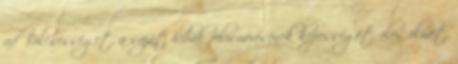
ad Bölcsességet, a saját hibák felismerésének képességét, éles elmét,